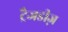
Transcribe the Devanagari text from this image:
ट्रैजडीज़